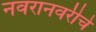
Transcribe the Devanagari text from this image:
नवरानवरीचे